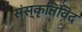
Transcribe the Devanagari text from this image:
संस्कृतिविद